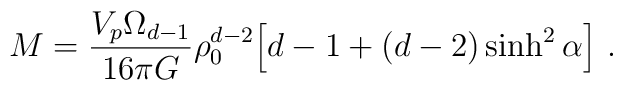
M = \frac{V_p \Omega_{d-1}}{16 \pi G} \rho_0^{d-2} \Big[ d-1 +(d-2) \sinh^2 \alpha \Big]  \ .